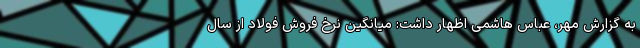
به گزارش مهر، عباس هاشمی اظهار داشت: میانگین نرخ فروش فولاد از سال